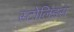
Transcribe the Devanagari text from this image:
स्टोलिडस